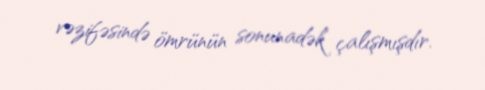
vəzifəsində ömrünün sonunadək çalışmışdır.